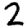
Digit: 2